Malaria in the Duars
Disease focus: Malaria
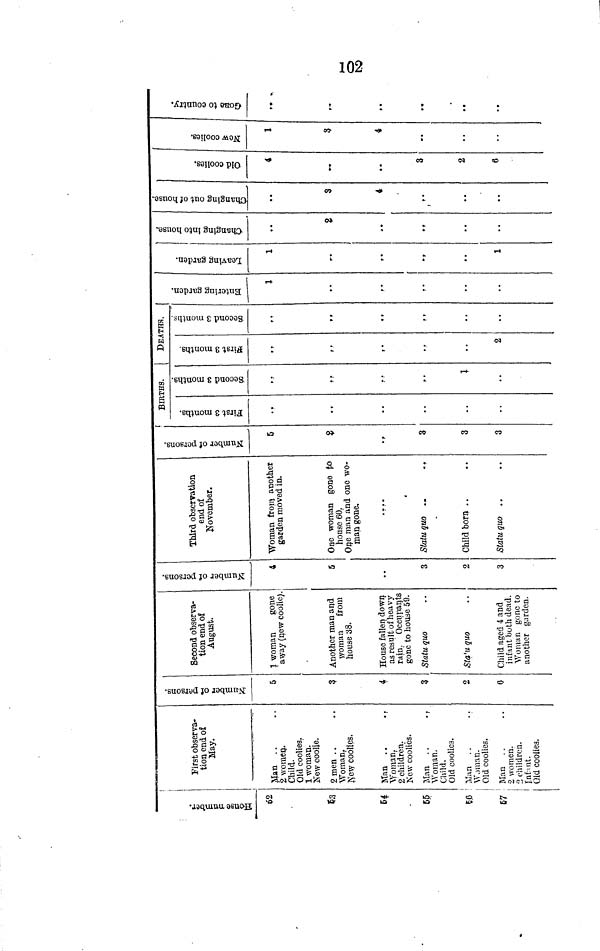
102
House number
62
$3
64
55
66
67
First observa-
tion end of
May.
Man
2 women.
Child.
Old coolies.
1 woman.
New coolie.
2 men
Woman,
New coolies.
Man . .
Woman,
2 children.
New coolies.
Man
Woman.
Child.
Old coolies.
Man
Woman.
Old coolies.
Man
2 women.
3 children.
Infent.
Old coolies.
to
Number of person
5
3
4
3
2
0
Second observa-
tion end of
August.
1 woman
gone
away (new coolie).
Another man and
woman
from
house 38.
House fallen down.
as result of heavy
rain. Occupants
gone to house 59.
Statu quo
Statu quo
Child aged 4 and
infant both dead.
Woman gone to
another garden.
A
Number of person
4
5
3
2
3
Third observation
end of
November.
Woman from another
garden moved in.
One woman gone to
house 60.
One man and one wo-
man gone.
Statu quo ..
Child born ..
Statu quo ..
Number of person
5
8
3
3
3
BIRTHS.
DEATHS.
••
.,
..
1
"
..
2
"
,,
Entering garden
1
,.
Leaving garden
1
1
Changing Into house
••
2
6
Changing out of garden
• •
3
4
Old coolles
4
3
2
6
New coolles
1
3
4
...
Gone to country
..
.,
,.
..